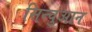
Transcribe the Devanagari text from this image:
सिन्चुआन